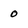
Character: o